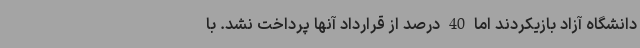
دانشگاه آزاد بازیکردند اما 40 درصد از قرارداد آنها پرداخت نشد. با